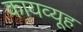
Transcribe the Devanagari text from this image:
कायव्यूह